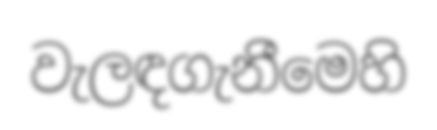
වැලඳගැනීමෙහි